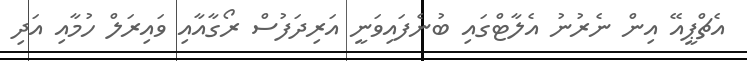
އެޗްޕީއޭ އިން ނެރުނު އެލާޓްގައި ބުނެފައިވަނީ އަރިދަފުސް ރޯގާއާއި ވައިރަލް ހުމާއި އަދި